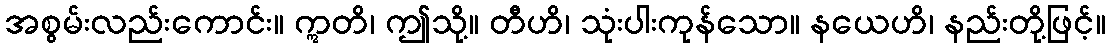
အစွမ်းလည်းကောင်း။ ဣတိ၊ ဤသို့။ တီဟိ၊ သုံးပါးကုန်သော။ နယေဟိ၊ နည်းတို့ဖြင့်။